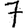
Digit: 7